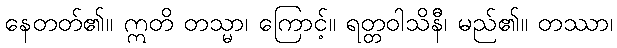
နေတတ်၏။ ဣတိ တသ္မာ၊ ကြောင့်။ ရတ္တဝါသိနီိ၊ မည်၏။ တဿာ၊